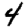
Digit: 4